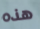
هذه